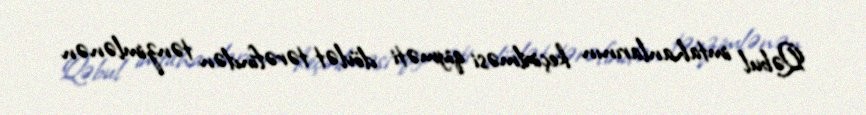
Qəbul imtahanlarının keçirilməsi qiyməti dövlət tərəfindən tənzimlənən